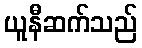
ယူနီဆက်သည်